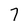
Character: 7